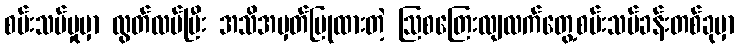
စမ်းသပ်မှုမှာ လွတ်လပ်ပြီး အသိအမှတ်ပြုထားတဲ့ ဩစတြေးလျလက်တွေ့စမ်းသပ်ခန်းတစ်ခုမှာ